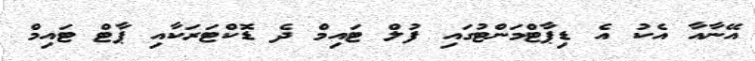
އޭނާއާ އެކު އެ ޑިޕާޓްމަންޓުގައި ފުލް ޓައިމް ދެ ޑޮކްޓަރަކާއި ޕާޓް ޓައިމް